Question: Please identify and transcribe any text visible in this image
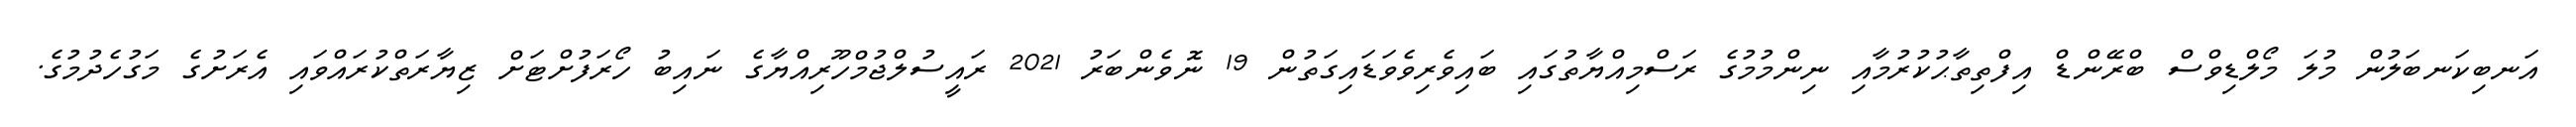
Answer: އަނބިކަނބަލުން މުލަ މޯލްޑިވްސް ބްރޭންޑް އިފްތިތާޙުކުރުމާއި ނިންމުމުގެ ރަސްމިއްޔާތުގައި ބައިވެރިވެވަޑައިގަތުން 19 ނޮވެންބަރު 2021 ރައީސުލްޖުމްހޫރިއްޔާގެ ނައިބު ހޯރަފުށްޓަށް ޒިޔާރަތްކުރައްވައި އެރަށުގެ މަގުހެދުމުގެ.